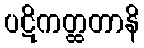
ပဋိကတ္ထတာနိ